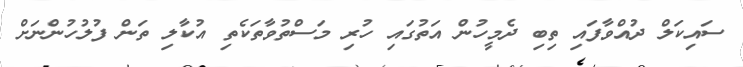
ސައިކަލް ދުއްވާފައި ތިބި ދެމީހުން އަތުގައި ހުރި މަސްތުވާތަކެތި އުކާލި ތަން ފުލުހުންނަށް